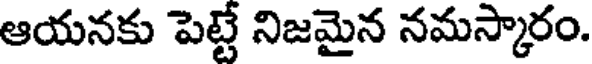
ఆయనకు పెట్టే నిజమైన నమస్కారం.